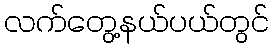
လက်တွေ့နယ်ပယ်တွင်